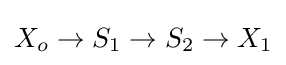
X_{o}\rightarrow S_{1}\rightarrow S_{2}\rightarrow X_{1}